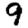
Digit: 9